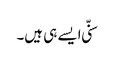
سنّی ایسے ہی ہیں۔